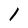
Character: 1